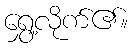
ရွှေ့လိုက်၏။